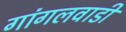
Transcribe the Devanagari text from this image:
गांगलवाडी